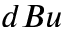
d B u